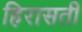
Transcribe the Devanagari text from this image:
हिरासती